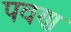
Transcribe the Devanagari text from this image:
पवण